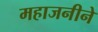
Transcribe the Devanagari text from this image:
महाजनीने